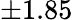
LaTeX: \pm 1.85